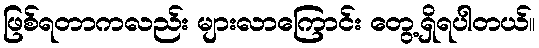
ဖြစ်ရတာကလည်း များလာကြောင်း တွေ့ရှိရပါတယ်။